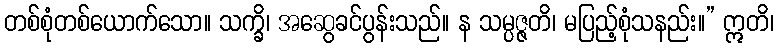
တစ်စုံတစ်ယောက်သော။ သက္ခိ၊ အဆွေခင်ပွန်းသည်။ န သမ္ပဇ္ဇတိ၊ မပြည့်စုံသနည်း။” ဣတိ၊